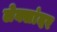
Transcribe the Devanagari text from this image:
लेक्सांदर